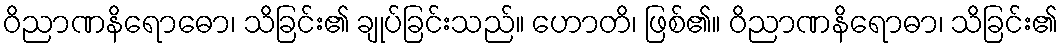
ဝိညာဏနိရောဓော၊ သိခြင်း၏ ချုပ်ခြင်းသည်။ ဟောတိ၊ ဖြစ်၏။ ဝိညာဏနိရောဓာ၊ သိခြင်း၏